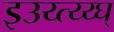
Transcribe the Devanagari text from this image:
इउय्त्य्य्घ्